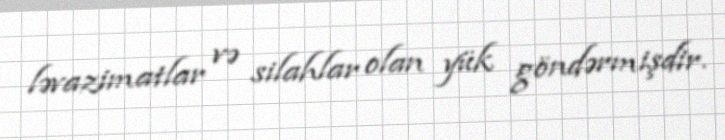
ləvazimatlar və silahlar olan yük göndərmişdir.